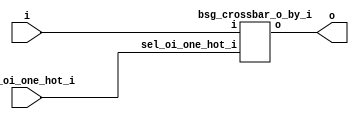
// This program was cloned from: https://github.com/chipsalliance/UHDM-integration-tests
// License: Apache License 2.0



module top
(
  i,
  sel_oi_one_hot_i,
  o
);

  input [255:0] i;
  input [255:0] sel_oi_one_hot_i;
  output [255:0] o;

  bsg_crossbar_o_by_i
  wrapper
  (
    .i(i),
    .sel_oi_one_hot_i(sel_oi_one_hot_i),
    .o(o)
  );


endmodule



module bsg_mux_one_hot_width_p16_els_p16
(
  data_i,
  sel_one_hot_i,
  data_o
);

  input [255:0] data_i;
  input [15:0] sel_one_hot_i;
  output [15:0] data_o;
  wire [15:0] data_o;
  wire N0,N1,N2,N3,N4,N5,N6,N7,N8,N9,N10,N11,N12,N13,N14,N15,N16,N17,N18,N19,N20,N21,
  N22,N23,N24,N25,N26,N27,N28,N29,N30,N31,N32,N33,N34,N35,N36,N37,N38,N39,N40,N41,
  N42,N43,N44,N45,N46,N47,N48,N49,N50,N51,N52,N53,N54,N55,N56,N57,N58,N59,N60,N61,
  N62,N63,N64,N65,N66,N67,N68,N69,N70,N71,N72,N73,N74,N75,N76,N77,N78,N79,N80,N81,
  N82,N83,N84,N85,N86,N87,N88,N89,N90,N91,N92,N93,N94,N95,N96,N97,N98,N99,N100,N101,
  N102,N103,N104,N105,N106,N107,N108,N109,N110,N111,N112,N113,N114,N115,N116,N117,
  N118,N119,N120,N121,N122,N123,N124,N125,N126,N127,N128,N129,N130,N131,N132,N133,
  N134,N135,N136,N137,N138,N139,N140,N141,N142,N143,N144,N145,N146,N147,N148,N149,
  N150,N151,N152,N153,N154,N155,N156,N157,N158,N159,N160,N161,N162,N163,N164,N165,
  N166,N167,N168,N169,N170,N171,N172,N173,N174,N175,N176,N177,N178,N179,N180,N181,
  N182,N183,N184,N185,N186,N187,N188,N189,N190,N191,N192,N193,N194,N195,N196,N197,
  N198,N199,N200,N201,N202,N203,N204,N205,N206,N207,N208,N209,N210,N211,N212,N213,
  N214,N215,N216,N217,N218,N219,N220,N221,N222,N223;
  wire [255:0] data_masked;
  assign data_masked[15] = data_i[15] & sel_one_hot_i[0];
  assign data_masked[14] = data_i[14] & sel_one_hot_i[0];
  assign data_masked[13] = data_i[13] & sel_one_hot_i[0];
  assign data_masked[12] = data_i[12] & sel_one_hot_i[0];
  assign data_masked[11] = data_i[11] & sel_one_hot_i[0];
  assign data_masked[10] = data_i[10] & sel_one_hot_i[0];
  assign data_masked[9] = data_i[9] & sel_one_hot_i[0];
  assign data_masked[8] = data_i[8] & sel_one_hot_i[0];
  assign data_masked[7] = data_i[7] & sel_one_hot_i[0];
  assign data_masked[6] = data_i[6] & sel_one_hot_i[0];
  assign data_masked[5] = data_i[5] & sel_one_hot_i[0];
  assign data_masked[4] = data_i[4] & sel_one_hot_i[0];
  assign data_masked[3] = data_i[3] & sel_one_hot_i[0];
  assign data_masked[2] = data_i[2] & sel_one_hot_i[0];
  assign data_masked[1] = data_i[1] & sel_one_hot_i[0];
  assign data_masked[0] = data_i[0] & sel_one_hot_i[0];
  assign data_masked[31] = data_i[31] & sel_one_hot_i[1];
  assign data_masked[30] = data_i[30] & sel_one_hot_i[1];
  assign data_masked[29] = data_i[29] & sel_one_hot_i[1];
  assign data_masked[28] = data_i[28] & sel_one_hot_i[1];
  assign data_masked[27] = data_i[27] & sel_one_hot_i[1];
  assign data_masked[26] = data_i[26] & sel_one_hot_i[1];
  assign data_masked[25] = data_i[25] & sel_one_hot_i[1];
  assign data_masked[24] = data_i[24] & sel_one_hot_i[1];
  assign data_masked[23] = data_i[23] & sel_one_hot_i[1];
  assign data_masked[22] = data_i[22] & sel_one_hot_i[1];
  assign data_masked[21] = data_i[21] & sel_one_hot_i[1];
  assign data_masked[20] = data_i[20] & sel_one_hot_i[1];
  assign data_masked[19] = data_i[19] & sel_one_hot_i[1];
  assign data_masked[18] = data_i[18] & sel_one_hot_i[1];
  assign data_masked[17] = data_i[17] & sel_one_hot_i[1];
  assign data_masked[16] = data_i[16] & sel_one_hot_i[1];
  assign data_masked[47] = data_i[47] & sel_one_hot_i[2];
  assign data_masked[46] = data_i[46] & sel_one_hot_i[2];
  assign data_masked[45] = data_i[45] & sel_one_hot_i[2];
  assign data_masked[44] = data_i[44] & sel_one_hot_i[2];
  assign data_masked[43] = data_i[43] & sel_one_hot_i[2];
  assign data_masked[42] = data_i[42] & sel_one_hot_i[2];
  assign data_masked[41] = data_i[41] & sel_one_hot_i[2];
  assign data_masked[40] = data_i[40] & sel_one_hot_i[2];
  assign data_masked[39] = data_i[39] & sel_one_hot_i[2];
  assign data_masked[38] = data_i[38] & sel_one_hot_i[2];
  assign data_masked[37] = data_i[37] & sel_one_hot_i[2];
  assign data_masked[36] = data_i[36] & sel_one_hot_i[2];
  assign data_masked[35] = data_i[35] & sel_one_hot_i[2];
  assign data_masked[34] = data_i[34] & sel_one_hot_i[2];
  assign data_masked[33] = data_i[33] & sel_one_hot_i[2];
  assign data_masked[32] = data_i[32] & sel_one_hot_i[2];
  assign data_masked[63] = data_i[63] & sel_one_hot_i[3];
  assign data_masked[62] = data_i[62] & sel_one_hot_i[3];
  assign data_masked[61] = data_i[61] & sel_one_hot_i[3];
  assign data_masked[60] = data_i[60] & sel_one_hot_i[3];
  assign data_masked[59] = data_i[59] & sel_one_hot_i[3];
  assign data_masked[58] = data_i[58] & sel_one_hot_i[3];
  assign data_masked[57] = data_i[57] & sel_one_hot_i[3];
  assign data_masked[56] = data_i[56] & sel_one_hot_i[3];
  assign data_masked[55] = data_i[55] & sel_one_hot_i[3];
  assign data_masked[54] = data_i[54] & sel_one_hot_i[3];
  assign data_masked[53] = data_i[53] & sel_one_hot_i[3];
  assign data_masked[52] = data_i[52] & sel_one_hot_i[3];
  assign data_masked[51] = data_i[51] & sel_one_hot_i[3];
  assign data_masked[50] = data_i[50] & sel_one_hot_i[3];
  assign data_masked[49] = data_i[49] & sel_one_hot_i[3];
  assign data_masked[48] = data_i[48] & sel_one_hot_i[3];
  assign data_masked[79] = data_i[79] & sel_one_hot_i[4];
  assign data_masked[78] = data_i[78] & sel_one_hot_i[4];
  assign data_masked[77] = data_i[77] & sel_one_hot_i[4];
  assign data_masked[76] = data_i[76] & sel_one_hot_i[4];
  assign data_masked[75] = data_i[75] & sel_one_hot_i[4];
  assign data_masked[74] = data_i[74] & sel_one_hot_i[4];
  assign data_masked[73] = data_i[73] & sel_one_hot_i[4];
  assign data_masked[72] = data_i[72] & sel_one_hot_i[4];
  assign data_masked[71] = data_i[71] & sel_one_hot_i[4];
  assign data_masked[70] = data_i[70] & sel_one_hot_i[4];
  assign data_masked[69] = data_i[69] & sel_one_hot_i[4];
  assign data_masked[68] = data_i[68] & sel_one_hot_i[4];
  assign data_masked[67] = data_i[67] & sel_one_hot_i[4];
  assign data_masked[66] = data_i[66] & sel_one_hot_i[4];
  assign data_masked[65] = data_i[65] & sel_one_hot_i[4];
  assign data_masked[64] = data_i[64] & sel_one_hot_i[4];
  assign data_masked[95] = data_i[95] & sel_one_hot_i[5];
  assign data_masked[94] = data_i[94] & sel_one_hot_i[5];
  assign data_masked[93] = data_i[93] & sel_one_hot_i[5];
  assign data_masked[92] = data_i[92] & sel_one_hot_i[5];
  assign data_masked[91] = data_i[91] & sel_one_hot_i[5];
  assign data_masked[90] = data_i[90] & sel_one_hot_i[5];
  assign data_masked[89] = data_i[89] & sel_one_hot_i[5];
  assign data_masked[88] = data_i[88] & sel_one_hot_i[5];
  assign data_masked[87] = data_i[87] & sel_one_hot_i[5];
  assign data_masked[86] = data_i[86] & sel_one_hot_i[5];
  assign data_masked[85] = data_i[85] & sel_one_hot_i[5];
  assign data_masked[84] = data_i[84] & sel_one_hot_i[5];
  assign data_masked[83] = data_i[83] & sel_one_hot_i[5];
  assign data_masked[82] = data_i[82] & sel_one_hot_i[5];
  assign data_masked[81] = data_i[81] & sel_one_hot_i[5];
  assign data_masked[80] = data_i[80] & sel_one_hot_i[5];
  assign data_masked[111] = data_i[111] & sel_one_hot_i[6];
  assign data_masked[110] = data_i[110] & sel_one_hot_i[6];
  assign data_masked[109] = data_i[109] & sel_one_hot_i[6];
  assign data_masked[108] = data_i[108] & sel_one_hot_i[6];
  assign data_masked[107] = data_i[107] & sel_one_hot_i[6];
  assign data_masked[106] = data_i[106] & sel_one_hot_i[6];
  assign data_masked[105] = data_i[105] & sel_one_hot_i[6];
  assign data_masked[104] = data_i[104] & sel_one_hot_i[6];
  assign data_masked[103] = data_i[103] & sel_one_hot_i[6];
  assign data_masked[102] = data_i[102] & sel_one_hot_i[6];
  assign data_masked[101] = data_i[101] & sel_one_hot_i[6];
  assign data_masked[100] = data_i[100] & sel_one_hot_i[6];
  assign data_masked[99] = data_i[99] & sel_one_hot_i[6];
  assign data_masked[98] = data_i[98] & sel_one_hot_i[6];
  assign data_masked[97] = data_i[97] & sel_one_hot_i[6];
  assign data_masked[96] = data_i[96] & sel_one_hot_i[6];
  assign data_masked[127] = data_i[127] & sel_one_hot_i[7];
  assign data_masked[126] = data_i[126] & sel_one_hot_i[7];
  assign data_masked[125] = data_i[125] & sel_one_hot_i[7];
  assign data_masked[124] = data_i[124] & sel_one_hot_i[7];
  assign data_masked[123] = data_i[123] & sel_one_hot_i[7];
  assign data_masked[122] = data_i[122] & sel_one_hot_i[7];
  assign data_masked[121] = data_i[121] & sel_one_hot_i[7];
  assign data_masked[120] = data_i[120] & sel_one_hot_i[7];
  assign data_masked[119] = data_i[119] & sel_one_hot_i[7];
  assign data_masked[118] = data_i[118] & sel_one_hot_i[7];
  assign data_masked[117] = data_i[117] & sel_one_hot_i[7];
  assign data_masked[116] = data_i[116] & sel_one_hot_i[7];
  assign data_masked[115] = data_i[115] & sel_one_hot_i[7];
  assign data_masked[114] = data_i[114] & sel_one_hot_i[7];
  assign data_masked[113] = data_i[113] & sel_one_hot_i[7];
  assign data_masked[112] = data_i[112] & sel_one_hot_i[7];
  assign data_masked[143] = data_i[143] & sel_one_hot_i[8];
  assign data_masked[142] = data_i[142] & sel_one_hot_i[8];
  assign data_masked[141] = data_i[141] & sel_one_hot_i[8];
  assign data_masked[140] = data_i[140] & sel_one_hot_i[8];
  assign data_masked[139] = data_i[139] & sel_one_hot_i[8];
  assign data_masked[138] = data_i[138] & sel_one_hot_i[8];
  assign data_masked[137] = data_i[137] & sel_one_hot_i[8];
  assign data_masked[136] = data_i[136] & sel_one_hot_i[8];
  assign data_masked[135] = data_i[135] & sel_one_hot_i[8];
  assign data_masked[134] = data_i[134] & sel_one_hot_i[8];
  assign data_masked[133] = data_i[133] & sel_one_hot_i[8];
  assign data_masked[132] = data_i[132] & sel_one_hot_i[8];
  assign data_masked[131] = data_i[131] & sel_one_hot_i[8];
  assign data_masked[130] = data_i[130] & sel_one_hot_i[8];
  assign data_masked[129] = data_i[129] & sel_one_hot_i[8];
  assign data_masked[128] = data_i[128] & sel_one_hot_i[8];
  assign data_masked[159] = data_i[159] & sel_one_hot_i[9];
  assign data_masked[158] = data_i[158] & sel_one_hot_i[9];
  assign data_masked[157] = data_i[157] & sel_one_hot_i[9];
  assign data_masked[156] = data_i[156] & sel_one_hot_i[9];
  assign data_masked[155] = data_i[155] & sel_one_hot_i[9];
  assign data_masked[154] = data_i[154] & sel_one_hot_i[9];
  assign data_masked[153] = data_i[153] & sel_one_hot_i[9];
  assign data_masked[152] = data_i[152] & sel_one_hot_i[9];
  assign data_masked[151] = data_i[151] & sel_one_hot_i[9];
  assign data_masked[150] = data_i[150] & sel_one_hot_i[9];
  assign data_masked[149] = data_i[149] & sel_one_hot_i[9];
  assign data_masked[148] = data_i[148] & sel_one_hot_i[9];
  assign data_masked[147] = data_i[147] & sel_one_hot_i[9];
  assign data_masked[146] = data_i[146] & sel_one_hot_i[9];
  assign data_masked[145] = data_i[145] & sel_one_hot_i[9];
  assign data_masked[144] = data_i[144] & sel_one_hot_i[9];
  assign data_masked[175] = data_i[175] & sel_one_hot_i[10];
  assign data_masked[174] = data_i[174] & sel_one_hot_i[10];
  assign data_masked[173] = data_i[173] & sel_one_hot_i[10];
  assign data_masked[172] = data_i[172] & sel_one_hot_i[10];
  assign data_masked[171] = data_i[171] & sel_one_hot_i[10];
  assign data_masked[170] = data_i[170] & sel_one_hot_i[10];
  assign data_masked[169] = data_i[169] & sel_one_hot_i[10];
  assign data_masked[168] = data_i[168] & sel_one_hot_i[10];
  assign data_masked[167] = data_i[167] & sel_one_hot_i[10];
  assign data_masked[166] = data_i[166] & sel_one_hot_i[10];
  assign data_masked[165] = data_i[165] & sel_one_hot_i[10];
  assign data_masked[164] = data_i[164] & sel_one_hot_i[10];
  assign data_masked[163] = data_i[163] & sel_one_hot_i[10];
  assign data_masked[162] = data_i[162] & sel_one_hot_i[10];
  assign data_masked[161] = data_i[161] & sel_one_hot_i[10];
  assign data_masked[160] = data_i[160] & sel_one_hot_i[10];
  assign data_masked[191] = data_i[191] & sel_one_hot_i[11];
  assign data_masked[190] = data_i[190] & sel_one_hot_i[11];
  assign data_masked[189] = data_i[189] & sel_one_hot_i[11];
  assign data_masked[188] = data_i[188] & sel_one_hot_i[11];
  assign data_masked[187] = data_i[187] & sel_one_hot_i[11];
  assign data_masked[186] = data_i[186] & sel_one_hot_i[11];
  assign data_masked[185] = data_i[185] & sel_one_hot_i[11];
  assign data_masked[184] = data_i[184] & sel_one_hot_i[11];
  assign data_masked[183] = data_i[183] & sel_one_hot_i[11];
  assign data_masked[182] = data_i[182] & sel_one_hot_i[11];
  assign data_masked[181] = data_i[181] & sel_one_hot_i[11];
  assign data_masked[180] = data_i[180] & sel_one_hot_i[11];
  assign data_masked[179] = data_i[179] & sel_one_hot_i[11];
  assign data_masked[178] = data_i[178] & sel_one_hot_i[11];
  assign data_masked[177] = data_i[177] & sel_one_hot_i[11];
  assign data_masked[176] = data_i[176] & sel_one_hot_i[11];
  assign data_masked[207] = data_i[207] & sel_one_hot_i[12];
  assign data_masked[206] = data_i[206] & sel_one_hot_i[12];
  assign data_masked[205] = data_i[205] & sel_one_hot_i[12];
  assign data_masked[204] = data_i[204] & sel_one_hot_i[12];
  assign data_masked[203] = data_i[203] & sel_one_hot_i[12];
  assign data_masked[202] = data_i[202] & sel_one_hot_i[12];
  assign data_masked[201] = data_i[201] & sel_one_hot_i[12];
  assign data_masked[200] = data_i[200] & sel_one_hot_i[12];
  assign data_masked[199] = data_i[199] & sel_one_hot_i[12];
  assign data_masked[198] = data_i[198] & sel_one_hot_i[12];
  assign data_masked[197] = data_i[197] & sel_one_hot_i[12];
  assign data_masked[196] = data_i[196] & sel_one_hot_i[12];
  assign data_masked[195] = data_i[195] & sel_one_hot_i[12];
  assign data_masked[194] = data_i[194] & sel_one_hot_i[12];
  assign data_masked[193] = data_i[193] & sel_one_hot_i[12];
  assign data_masked[192] = data_i[192] & sel_one_hot_i[12];
  assign data_masked[223] = data_i[223] & sel_one_hot_i[13];
  assign data_masked[222] = data_i[222] & sel_one_hot_i[13];
  assign data_masked[221] = data_i[221] & sel_one_hot_i[13];
  assign data_masked[220] = data_i[220] & sel_one_hot_i[13];
  assign data_masked[219] = data_i[219] & sel_one_hot_i[13];
  assign data_masked[218] = data_i[218] & sel_one_hot_i[13];
  assign data_masked[217] = data_i[217] & sel_one_hot_i[13];
  assign data_masked[216] = data_i[216] & sel_one_hot_i[13];
  assign data_masked[215] = data_i[215] & sel_one_hot_i[13];
  assign data_masked[214] = data_i[214] & sel_one_hot_i[13];
  assign data_masked[213] = data_i[213] & sel_one_hot_i[13];
  assign data_masked[212] = data_i[212] & sel_one_hot_i[13];
  assign data_masked[211] = data_i[211] & sel_one_hot_i[13];
  assign data_masked[210] = data_i[210] & sel_one_hot_i[13];
  assign data_masked[209] = data_i[209] & sel_one_hot_i[13];
  assign data_masked[208] = data_i[208] & sel_one_hot_i[13];
  assign data_masked[239] = data_i[239] & sel_one_hot_i[14];
  assign data_masked[238] = data_i[238] & sel_one_hot_i[14];
  assign data_masked[237] = data_i[237] & sel_one_hot_i[14];
  assign data_masked[236] = data_i[236] & sel_one_hot_i[14];
  assign data_masked[235] = data_i[235] & sel_one_hot_i[14];
  assign data_masked[234] = data_i[234] & sel_one_hot_i[14];
  assign data_masked[233] = data_i[233] & sel_one_hot_i[14];
  assign data_masked[232] = data_i[232] & sel_one_hot_i[14];
  assign data_masked[231] = data_i[231] & sel_one_hot_i[14];
  assign data_masked[230] = data_i[230] & sel_one_hot_i[14];
  assign data_masked[229] = data_i[229] & sel_one_hot_i[14];
  assign data_masked[228] = data_i[228] & sel_one_hot_i[14];
  assign data_masked[227] = data_i[227] & sel_one_hot_i[14];
  assign data_masked[226] = data_i[226] & sel_one_hot_i[14];
  assign data_masked[225] = data_i[225] & sel_one_hot_i[14];
  assign data_masked[224] = data_i[224] & sel_one_hot_i[14];
  assign data_masked[255] = data_i[255] & sel_one_hot_i[15];
  assign data_masked[254] = data_i[254] & sel_one_hot_i[15];
  assign data_masked[253] = data_i[253] & sel_one_hot_i[15];
  assign data_masked[252] = data_i[252] & sel_one_hot_i[15];
  assign data_masked[251] = data_i[251] & sel_one_hot_i[15];
  assign data_masked[250] = data_i[250] & sel_one_hot_i[15];
  assign data_masked[249] = data_i[249] & sel_one_hot_i[15];
  assign data_masked[248] = data_i[248] & sel_one_hot_i[15];
  assign data_masked[247] = data_i[247] & sel_one_hot_i[15];
  assign data_masked[246] = data_i[246] & sel_one_hot_i[15];
  assign data_masked[245] = data_i[245] & sel_one_hot_i[15];
  assign data_masked[244] = data_i[244] & sel_one_hot_i[15];
  assign data_masked[243] = data_i[243] & sel_one_hot_i[15];
  assign data_masked[242] = data_i[242] & sel_one_hot_i[15];
  assign data_masked[241] = data_i[241] & sel_one_hot_i[15];
  assign data_masked[240] = data_i[240] & sel_one_hot_i[15];
  assign data_o[0] = N13 | data_masked[0];
  assign N13 = N12 | data_masked[16];
  assign N12 = N11 | data_masked[32];
  assign N11 = N10 | data_masked[48];
  assign N10 = N9 | data_masked[64];
  assign N9 = N8 | data_masked[80];
  assign N8 = N7 | data_masked[96];
  assign N7 = N6 | data_masked[112];
  assign N6 = N5 | data_masked[128];
  assign N5 = N4 | data_masked[144];
  assign N4 = N3 | data_masked[160];
  assign N3 = N2 | data_masked[176];
  assign N2 = N1 | data_masked[192];
  assign N1 = N0 | data_masked[208];
  assign N0 = data_masked[240] | data_masked[224];
  assign data_o[1] = N27 | data_masked[1];
  assign N27 = N26 | data_masked[17];
  assign N26 = N25 | data_masked[33];
  assign N25 = N24 | data_masked[49];
  assign N24 = N23 | data_masked[65];
  assign N23 = N22 | data_masked[81];
  assign N22 = N21 | data_masked[97];
  assign N21 = N20 | data_masked[113];
  assign N20 = N19 | data_masked[129];
  assign N19 = N18 | data_masked[145];
  assign N18 = N17 | data_masked[161];
  assign N17 = N16 | data_masked[177];
  assign N16 = N15 | data_masked[193];
  assign N15 = N14 | data_masked[209];
  assign N14 = data_masked[241] | data_masked[225];
  assign data_o[2] = N41 | data_masked[2];
  assign N41 = N40 | data_masked[18];
  assign N40 = N39 | data_masked[34];
  assign N39 = N38 | data_masked[50];
  assign N38 = N37 | data_masked[66];
  assign N37 = N36 | data_masked[82];
  assign N36 = N35 | data_masked[98];
  assign N35 = N34 | data_masked[114];
  assign N34 = N33 | data_masked[130];
  assign N33 = N32 | data_masked[146];
  assign N32 = N31 | data_masked[162];
  assign N31 = N30 | data_masked[178];
  assign N30 = N29 | data_masked[194];
  assign N29 = N28 | data_masked[210];
  assign N28 = data_masked[242] | data_masked[226];
  assign data_o[3] = N55 | data_masked[3];
  assign N55 = N54 | data_masked[19];
  assign N54 = N53 | data_masked[35];
  assign N53 = N52 | data_masked[51];
  assign N52 = N51 | data_masked[67];
  assign N51 = N50 | data_masked[83];
  assign N50 = N49 | data_masked[99];
  assign N49 = N48 | data_masked[115];
  assign N48 = N47 | data_masked[131];
  assign N47 = N46 | data_masked[147];
  assign N46 = N45 | data_masked[163];
  assign N45 = N44 | data_masked[179];
  assign N44 = N43 | data_masked[195];
  assign N43 = N42 | data_masked[211];
  assign N42 = data_masked[243] | data_masked[227];
  assign data_o[4] = N69 | data_masked[4];
  assign N69 = N68 | data_masked[20];
  assign N68 = N67 | data_masked[36];
  assign N67 = N66 | data_masked[52];
  assign N66 = N65 | data_masked[68];
  assign N65 = N64 | data_masked[84];
  assign N64 = N63 | data_masked[100];
  assign N63 = N62 | data_masked[116];
  assign N62 = N61 | data_masked[132];
  assign N61 = N60 | data_masked[148];
  assign N60 = N59 | data_masked[164];
  assign N59 = N58 | data_masked[180];
  assign N58 = N57 | data_masked[196];
  assign N57 = N56 | data_masked[212];
  assign N56 = data_masked[244] | data_masked[228];
  assign data_o[5] = N83 | data_masked[5];
  assign N83 = N82 | data_masked[21];
  assign N82 = N81 | data_masked[37];
  assign N81 = N80 | data_masked[53];
  assign N80 = N79 | data_masked[69];
  assign N79 = N78 | data_masked[85];
  assign N78 = N77 | data_masked[101];
  assign N77 = N76 | data_masked[117];
  assign N76 = N75 | data_masked[133];
  assign N75 = N74 | data_masked[149];
  assign N74 = N73 | data_masked[165];
  assign N73 = N72 | data_masked[181];
  assign N72 = N71 | data_masked[197];
  assign N71 = N70 | data_masked[213];
  assign N70 = data_masked[245] | data_masked[229];
  assign data_o[6] = N97 | data_masked[6];
  assign N97 = N96 | data_masked[22];
  assign N96 = N95 | data_masked[38];
  assign N95 = N94 | data_masked[54];
  assign N94 = N93 | data_masked[70];
  assign N93 = N92 | data_masked[86];
  assign N92 = N91 | data_masked[102];
  assign N91 = N90 | data_masked[118];
  assign N90 = N89 | data_masked[134];
  assign N89 = N88 | data_masked[150];
  assign N88 = N87 | data_masked[166];
  assign N87 = N86 | data_masked[182];
  assign N86 = N85 | data_masked[198];
  assign N85 = N84 | data_masked[214];
  assign N84 = data_masked[246] | data_masked[230];
  assign data_o[7] = N111 | data_masked[7];
  assign N111 = N110 | data_masked[23];
  assign N110 = N109 | data_masked[39];
  assign N109 = N108 | data_masked[55];
  assign N108 = N107 | data_masked[71];
  assign N107 = N106 | data_masked[87];
  assign N106 = N105 | data_masked[103];
  assign N105 = N104 | data_masked[119];
  assign N104 = N103 | data_masked[135];
  assign N103 = N102 | data_masked[151];
  assign N102 = N101 | data_masked[167];
  assign N101 = N100 | data_masked[183];
  assign N100 = N99 | data_masked[199];
  assign N99 = N98 | data_masked[215];
  assign N98 = data_masked[247] | data_masked[231];
  assign data_o[8] = N125 | data_masked[8];
  assign N125 = N124 | data_masked[24];
  assign N124 = N123 | data_masked[40];
  assign N123 = N122 | data_masked[56];
  assign N122 = N121 | data_masked[72];
  assign N121 = N120 | data_masked[88];
  assign N120 = N119 | data_masked[104];
  assign N119 = N118 | data_masked[120];
  assign N118 = N117 | data_masked[136];
  assign N117 = N116 | data_masked[152];
  assign N116 = N115 | data_masked[168];
  assign N115 = N114 | data_masked[184];
  assign N114 = N113 | data_masked[200];
  assign N113 = N112 | data_masked[216];
  assign N112 = data_masked[248] | data_masked[232];
  assign data_o[9] = N139 | data_masked[9];
  assign N139 = N138 | data_masked[25];
  assign N138 = N137 | data_masked[41];
  assign N137 = N136 | data_masked[57];
  assign N136 = N135 | data_masked[73];
  assign N135 = N134 | data_masked[89];
  assign N134 = N133 | data_masked[105];
  assign N133 = N132 | data_masked[121];
  assign N132 = N131 | data_masked[137];
  assign N131 = N130 | data_masked[153];
  assign N130 = N129 | data_masked[169];
  assign N129 = N128 | data_masked[185];
  assign N128 = N127 | data_masked[201];
  assign N127 = N126 | data_masked[217];
  assign N126 = data_masked[249] | data_masked[233];
  assign data_o[10] = N153 | data_masked[10];
  assign N153 = N152 | data_masked[26];
  assign N152 = N151 | data_masked[42];
  assign N151 = N150 | data_masked[58];
  assign N150 = N149 | data_masked[74];
  assign N149 = N148 | data_masked[90];
  assign N148 = N147 | data_masked[106];
  assign N147 = N146 | data_masked[122];
  assign N146 = N145 | data_masked[138];
  assign N145 = N144 | data_masked[154];
  assign N144 = N143 | data_masked[170];
  assign N143 = N142 | data_masked[186];
  assign N142 = N141 | data_masked[202];
  assign N141 = N140 | data_masked[218];
  assign N140 = data_masked[250] | data_masked[234];
  assign data_o[11] = N167 | data_masked[11];
  assign N167 = N166 | data_masked[27];
  assign N166 = N165 | data_masked[43];
  assign N165 = N164 | data_masked[59];
  assign N164 = N163 | data_masked[75];
  assign N163 = N162 | data_masked[91];
  assign N162 = N161 | data_masked[107];
  assign N161 = N160 | data_masked[123];
  assign N160 = N159 | data_masked[139];
  assign N159 = N158 | data_masked[155];
  assign N158 = N157 | data_masked[171];
  assign N157 = N156 | data_masked[187];
  assign N156 = N155 | data_masked[203];
  assign N155 = N154 | data_masked[219];
  assign N154 = data_masked[251] | data_masked[235];
  assign data_o[12] = N181 | data_masked[12];
  assign N181 = N180 | data_masked[28];
  assign N180 = N179 | data_masked[44];
  assign N179 = N178 | data_masked[60];
  assign N178 = N177 | data_masked[76];
  assign N177 = N176 | data_masked[92];
  assign N176 = N175 | data_masked[108];
  assign N175 = N174 | data_masked[124];
  assign N174 = N173 | data_masked[140];
  assign N173 = N172 | data_masked[156];
  assign N172 = N171 | data_masked[172];
  assign N171 = N170 | data_masked[188];
  assign N170 = N169 | data_masked[204];
  assign N169 = N168 | data_masked[220];
  assign N168 = data_masked[252] | data_masked[236];
  assign data_o[13] = N195 | data_masked[13];
  assign N195 = N194 | data_masked[29];
  assign N194 = N193 | data_masked[45];
  assign N193 = N192 | data_masked[61];
  assign N192 = N191 | data_masked[77];
  assign N191 = N190 | data_masked[93];
  assign N190 = N189 | data_masked[109];
  assign N189 = N188 | data_masked[125];
  assign N188 = N187 | data_masked[141];
  assign N187 = N186 | data_masked[157];
  assign N186 = N185 | data_masked[173];
  assign N185 = N184 | data_masked[189];
  assign N184 = N183 | data_masked[205];
  assign N183 = N182 | data_masked[221];
  assign N182 = data_masked[253] | data_masked[237];
  assign data_o[14] = N209 | data_masked[14];
  assign N209 = N208 | data_masked[30];
  assign N208 = N207 | data_masked[46];
  assign N207 = N206 | data_masked[62];
  assign N206 = N205 | data_masked[78];
  assign N205 = N204 | data_masked[94];
  assign N204 = N203 | data_masked[110];
  assign N203 = N202 | data_masked[126];
  assign N202 = N201 | data_masked[142];
  assign N201 = N200 | data_masked[158];
  assign N200 = N199 | data_masked[174];
  assign N199 = N198 | data_masked[190];
  assign N198 = N197 | data_masked[206];
  assign N197 = N196 | data_masked[222];
  assign N196 = data_masked[254] | data_masked[238];
  assign data_o[15] = N223 | data_masked[15];
  assign N223 = N222 | data_masked[31];
  assign N222 = N221 | data_masked[47];
  assign N221 = N220 | data_masked[63];
  assign N220 = N219 | data_masked[79];
  assign N219 = N218 | data_masked[95];
  assign N218 = N217 | data_masked[111];
  assign N217 = N216 | data_masked[127];
  assign N216 = N215 | data_masked[143];
  assign N215 = N214 | data_masked[159];
  assign N214 = N213 | data_masked[175];
  assign N213 = N212 | data_masked[191];
  assign N212 = N211 | data_masked[207];
  assign N211 = N210 | data_masked[223];
  assign N210 = data_masked[255] | data_masked[239];

endmodule



module bsg_crossbar_o_by_i
(
  i,
  sel_oi_one_hot_i,
  o
);

  input [255:0] i;
  input [255:0] sel_oi_one_hot_i;
  output [255:0] o;
  wire [255:0] o;

  bsg_mux_one_hot_width_p16_els_p16
  \l_0_.mux_one_hot 
  (
    .data_i(i),
    .sel_one_hot_i(sel_oi_one_hot_i[15:0]),
    .data_o(o[15:0])
  );


  bsg_mux_one_hot_width_p16_els_p16
  \l_1_.mux_one_hot 
  (
    .data_i(i),
    .sel_one_hot_i(sel_oi_one_hot_i[31:16]),
    .data_o(o[31:16])
  );


  bsg_mux_one_hot_width_p16_els_p16
  \l_2_.mux_one_hot 
  (
    .data_i(i),
    .sel_one_hot_i(sel_oi_one_hot_i[47:32]),
    .data_o(o[47:32])
  );


  bsg_mux_one_hot_width_p16_els_p16
  \l_3_.mux_one_hot 
  (
    .data_i(i),
    .sel_one_hot_i(sel_oi_one_hot_i[63:48]),
    .data_o(o[63:48])
  );


  bsg_mux_one_hot_width_p16_els_p16
  \l_4_.mux_one_hot 
  (
    .data_i(i),
    .sel_one_hot_i(sel_oi_one_hot_i[79:64]),
    .data_o(o[79:64])
  );


  bsg_mux_one_hot_width_p16_els_p16
  \l_5_.mux_one_hot 
  (
    .data_i(i),
    .sel_one_hot_i(sel_oi_one_hot_i[95:80]),
    .data_o(o[95:80])
  );


  bsg_mux_one_hot_width_p16_els_p16
  \l_6_.mux_one_hot 
  (
    .data_i(i),
    .sel_one_hot_i(sel_oi_one_hot_i[111:96]),
    .data_o(o[111:96])
  );


  bsg_mux_one_hot_width_p16_els_p16
  \l_7_.mux_one_hot 
  (
    .data_i(i),
    .sel_one_hot_i(sel_oi_one_hot_i[127:112]),
    .data_o(o[127:112])
  );


  bsg_mux_one_hot_width_p16_els_p16
  \l_8_.mux_one_hot 
  (
    .data_i(i),
    .sel_one_hot_i(sel_oi_one_hot_i[143:128]),
    .data_o(o[143:128])
  );


  bsg_mux_one_hot_width_p16_els_p16
  \l_9_.mux_one_hot 
  (
    .data_i(i),
    .sel_one_hot_i(sel_oi_one_hot_i[159:144]),
    .data_o(o[159:144])
  );


  bsg_mux_one_hot_width_p16_els_p16
  \l_10_.mux_one_hot 
  (
    .data_i(i),
    .sel_one_hot_i(sel_oi_one_hot_i[175:160]),
    .data_o(o[175:160])
  );


  bsg_mux_one_hot_width_p16_els_p16
  \l_11_.mux_one_hot 
  (
    .data_i(i),
    .sel_one_hot_i(sel_oi_one_hot_i[191:176]),
    .data_o(o[191:176])
  );


  bsg_mux_one_hot_width_p16_els_p16
  \l_12_.mux_one_hot 
  (
    .data_i(i),
    .sel_one_hot_i(sel_oi_one_hot_i[207:192]),
    .data_o(o[207:192])
  );


  bsg_mux_one_hot_width_p16_els_p16
  \l_13_.mux_one_hot 
  (
    .data_i(i),
    .sel_one_hot_i(sel_oi_one_hot_i[223:208]),
    .data_o(o[223:208])
  );


  bsg_mux_one_hot_width_p16_els_p16
  \l_14_.mux_one_hot 
  (
    .data_i(i),
    .sel_one_hot_i(sel_oi_one_hot_i[239:224]),
    .data_o(o[239:224])
  );


  bsg_mux_one_hot_width_p16_els_p16
  \l_15_.mux_one_hot 
  (
    .data_i(i),
    .sel_one_hot_i(sel_oi_one_hot_i[255:240]),
    .data_o(o[255:240])
  );


endmodule